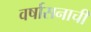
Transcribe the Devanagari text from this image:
वर्षासनाची